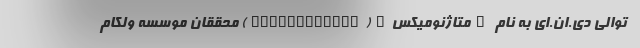
توالی دی.ان.ای به نام "متاژنومیکس"(metagenomics) محققان موسسه ولکام